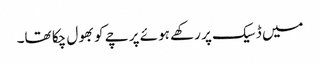
میں ڈسیک پر رکھے ہوئے پرچے کو بھول چکا تھا۔